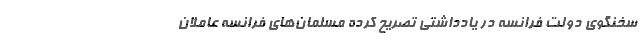
سخنگوی دولت فرانسه در یادداشتی تصریح کرده مسلمان‌های فرانسه عاملان